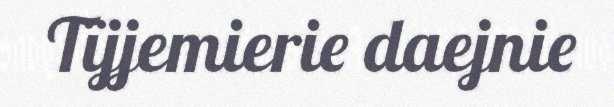
Tïjjemierie daejnie